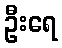
ဦးရေ